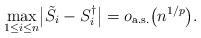
LaTeX: \begin{align*} \max_{1\le i \le n} \bigl|\tilde S_i -S_i^\dag\bigr| = o_\mathrm{ a.s.}\bigl(n^{1/p}\bigr).\end{align*}